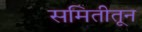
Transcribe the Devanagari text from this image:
समितीतून